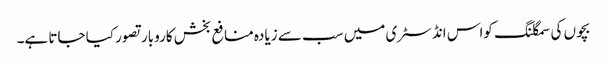
بچوں کی سمگلنگ کواس انڈسٹری میں سب سے زیادہ منافع بخش کاروبار تصور کیا جاتا ہے۔